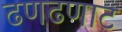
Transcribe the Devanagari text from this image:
ढणढणाट